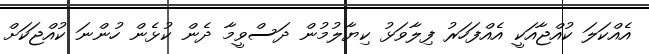
އެއްކަލަ ކުއްޖާއަކީ އެއްފަހަރު ފިލާވަޅު ކިޔާލުމުން ދަސްވީމާ ދެން ކުޅެން ހުންނަ ކުއްޖަކަށް